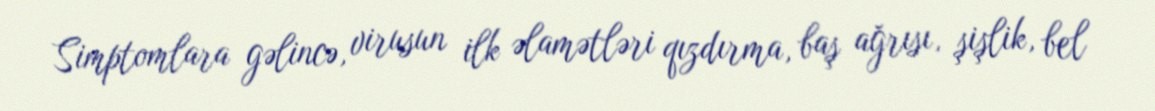
Simptomlara gəlincə, virusun ilk əlamətləri qızdırma, baş ağrısı, şişlik, bel